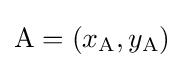
\mathrm {A} =(x_{\mathrm {A} },y_{\mathrm {A} })